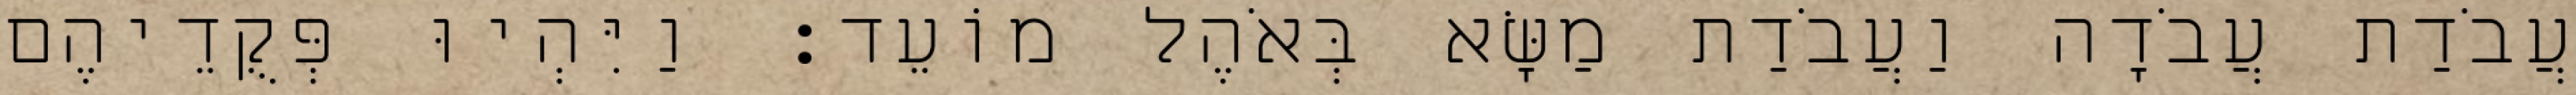
עֲבֹדַת עֲבֹדָה וַעֲבֹדַת מַשָּׂא בְּאֹהֶל מוֹעֵד׃ וַיִּהְיוּ פְּקֻדֵיהֶם